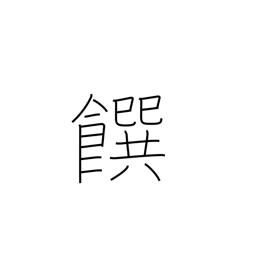
Meaning: food